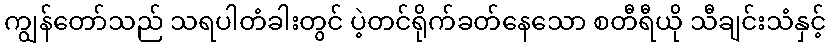
ကျွန်တော်သည် သရပါတံခါးတွင် ပဲ့တင်ရိုက်ခတ်နေသော စတီရီယို သီချင်းသံနှင့်